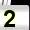
Digit: 2